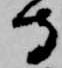
守